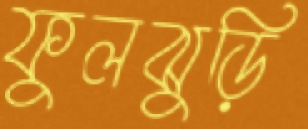
ফুলঝুড়ি